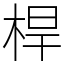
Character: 桿